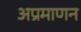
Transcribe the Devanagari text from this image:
अप्रमाणन